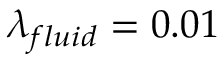
\lambda _ { f l u i d } = 0 . 0 1